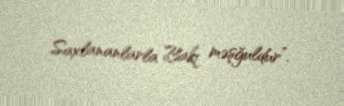
Saxlananlarla Bakı məşğuldur”.